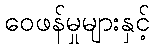
ဝေဖန်မှုများနှင့်